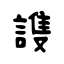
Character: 謢